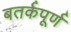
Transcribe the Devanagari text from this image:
बतर्कपूर्ण